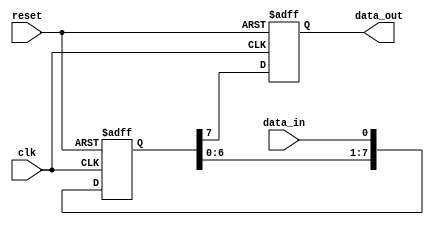
module siso_shift_register (
    input clk,
    input reset,
    input data_in,
    output reg data_out
);

reg [7:0] shift_reg;

always @ (posedge clk or posedge reset) begin
    if (reset) begin
        shift_reg <= 8'b0;
        data_out <= 1'b0;
    end else begin
        shift_reg <= {shift_reg[6:0], data_in};
        data_out <= shift_reg[7];
    end
end

endmodule